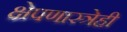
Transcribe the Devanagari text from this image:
क्षेपणास्त्रेही